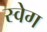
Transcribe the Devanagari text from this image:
स्वेग